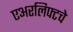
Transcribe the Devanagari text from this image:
एअरलिफ्टचे